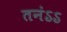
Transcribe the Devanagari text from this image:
तनंऽऽ